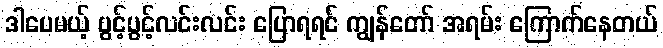
ဒါပေမယ့် ပွင့်ပွင့်လင်းလင်း ပြောရရင် ကျွန်တော် အရမ်း ကြောက်နေတယ်